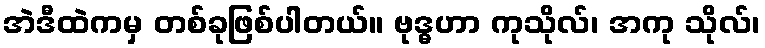
အဲဒီထဲကမှ တစ်ခုဖြစ်ပါတယ်။ ဗုဒ္ဓဟာ ကုသိုလ်၊ အကု သိုလ်၊